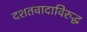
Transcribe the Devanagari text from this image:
दशतवादाविरुद्ध